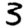
Digit: 3